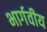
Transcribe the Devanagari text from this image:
भार्गवीय